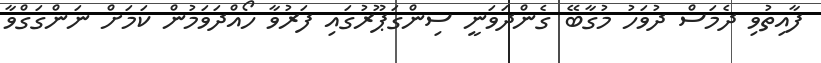
ފާއިތުވި ދެމަސް ދުވަހު މުގާބޭ ގެންދަވަނީ ސިންގަޕޫރުގައި ފަރުވާ ހޯއްދަވަމުން ކަމަށް ނަންގަގްވާ